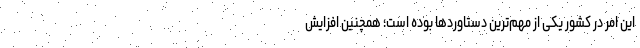
این امر در کشور یکی از مهم‌ترین دستاوردها بوده است؛ همچنین افزایش